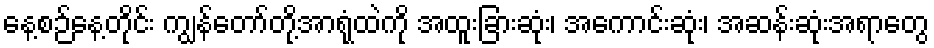
နေ့စဉ်နေ့တိုင်း ကျွန်တော်တို့အာရုံထဲကို အထူးခြားဆုံး၊ အကောင်းဆုံး၊ အဆန်းဆုံးအရာတွေ